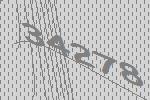
34278